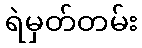
ရဲမှတ်တမ်း